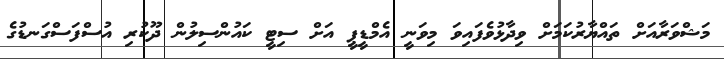
މަޝްވަރާއަށް ތައްޔާރުކަމަށް ވިދާޅުވެފައިވަ މިވަނީ އެމްޑީޕީ އަށް ސިޓީ ކައުންސިލުން ދޫކުރި އުސްފަސްގަނޑުގެ